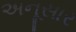
અનૂસાર